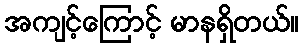
အကျင့်ကြောင့် မာနရှိတယ်။